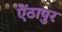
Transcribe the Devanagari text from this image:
ऐंठापुर